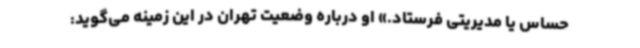
حساس یا مدیریتی فرستاد.» او درباره وضعیت تهران در این زمینه می‌گوید: